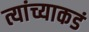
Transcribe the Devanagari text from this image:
त्यांच्याकडं